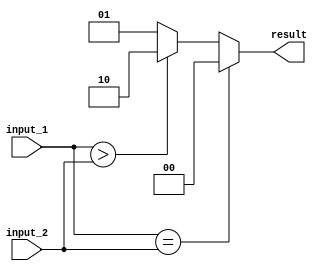
module comparator(
    input [63:0] input_1,
    input [63:0] input_2,
    output reg [1:0] result
);

always @(*) begin
    if(input_1 == input_2) begin
        result = 2'b00; // equal
    end else if(input_1 > input_2) begin
        result = 2'b10; // greater than
    end else begin
        result = 2'b01; // less than
    end
end

endmodule